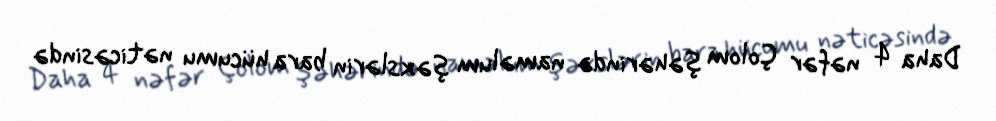
Daha 4 nəfər Çolom şəhərində naməlum şəxslərin bara hücumu nəticəsində